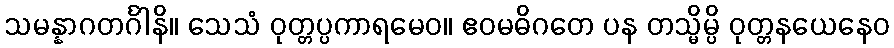
သမန္နာဂတင်္ဂါနိ။ သေသံ ဝုတ္တပ္ပကာရမေဝ။ ဧဝမဓိဂတေ ပန တသ္မိမ္ပိ ဝုတ္တနယေနေဝ